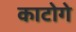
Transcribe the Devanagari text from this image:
काटोगे